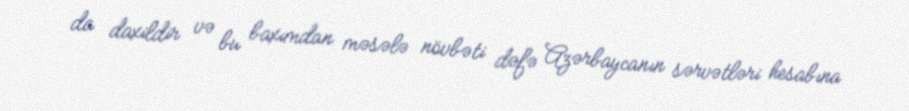
da daxildir və bu baxımdan məsələ növbəti dəfə Azərbaycanın sərvətləri hesabına